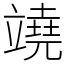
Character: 𥪯